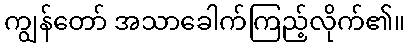
ကျွန်တော် အသာခေါက်ကြည့်လိုက်၏။